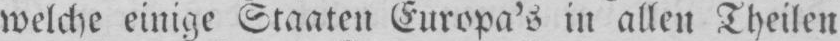
welche einige Staaten Europa’s in allen Theilen